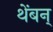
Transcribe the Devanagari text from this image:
थेंबन्